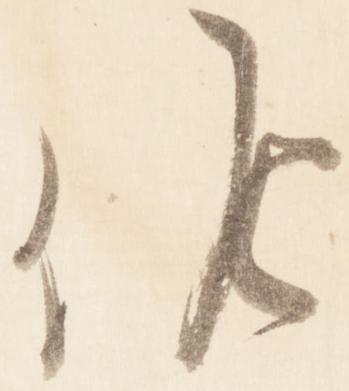
候